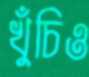
খুঁচিও